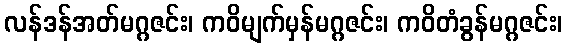
လန်ဒန်အတ်မဂ္ဂဇင်း၊ ကဝိမျက်မှန်မဂ္ဂဇင်း၊ ကဝိတံခွန်မဂ္ဂဇင်း၊